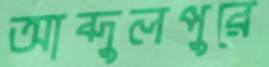
আব্দুলপুরে